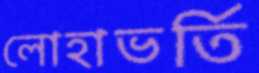
লোহাভর্তি